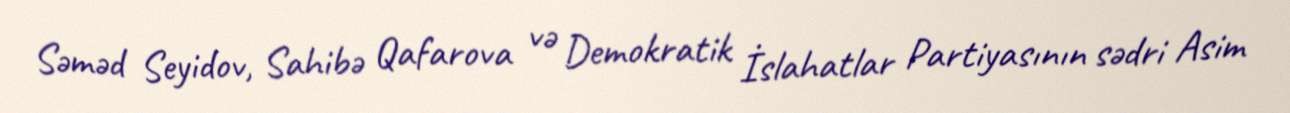
Səməd Seyidov, Sahibə Qafarova və Demokratik İslahatlar Partiyasının sədri Asim